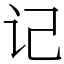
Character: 记